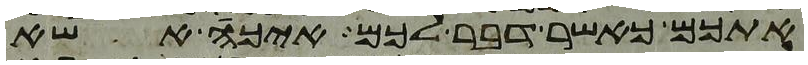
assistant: אתכם כאשר דבר לכם איכה אשא